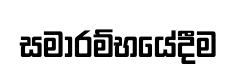
සමාරම්භයේදීම